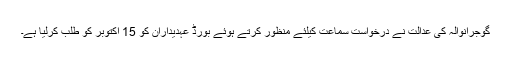
گوجرانوالہ کی عدالت نے درخواست سماعت کیلئے منظور کرتے ہوئے بورڈ عہدیداران کو 15 اکتوبر کو طلب کرلیا ہے۔